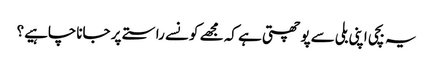
یہ بچی اپنی بلی سے پوچھتی ہے کہ مجھے کونسے راستے پر جاناچاہیے؟